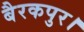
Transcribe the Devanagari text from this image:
बैरकपुर।